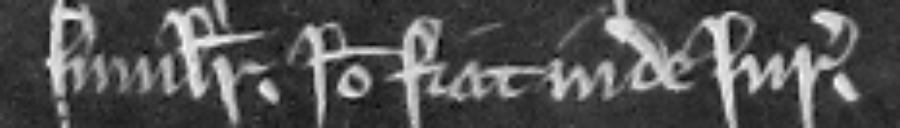
similiter. Ideo fiat inde jurata.